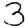
Digit: 3